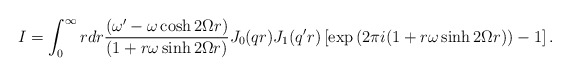
\begin{align*}I=\int_{0}^{\infty}rdr \frac{\left(\omega'-\omega\cosh 2\Omega r\right)} {\left(1+r\omega\sinh 2\Omega r\right)} J_{0}(qr)J_1(q'r) \left[\exp\left(2\pi i(1+r\omega\sinh 2\Omega r)\right)-1\right].\end{align*}